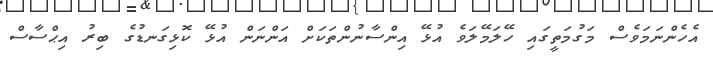
އެހެންނަމަވެސް މަގުމަތީގައި ހޭލަމޭލަވެ އުޅޭ އިންސާނުންތަކަށް އަންނަން އުޅޭ ކޮޅިގަނޑުގެ ބިރު އިޙްސާސް